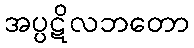
အပ္ပဋိလဘတော